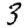
Digit: 3